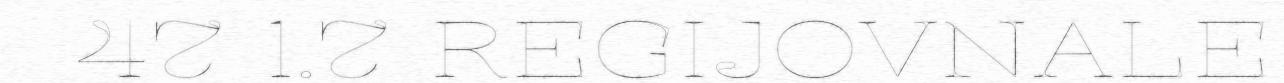
47 1.7 REGIJOVNALE